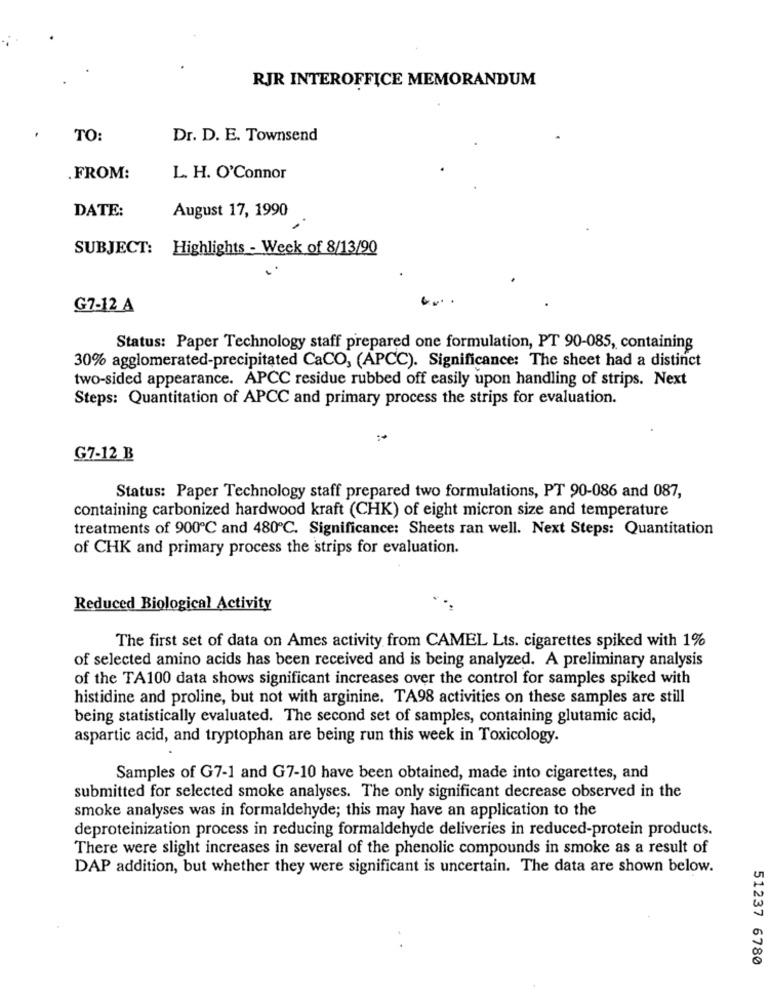
RJR INTEROFFICE MEMORANDUM
TO:
Dr. D. E. Townsend
.FROM:
L. H. O'Connor
DATE:
August 17, 1990
SUBJECT: Highlights - Week of 8/13/90
G7-12 A
Status: Paper Technology staff prepared one formulation, PT 90-085, containing
30% agglomerated-precipitated CaCO, (APCC). Significance: The sheet had a distinct
two-sided appearance. APCC residue rubbed off easily upon handling of strips. Next
Steps: Quantitation of APCC and primary process the strips for evaluation.
G7-12_B
Status: Paper Technology staff prepared two formulations, PT 90-086 and 087,
containing carbonized hardwood kraft (CHK) of eight micron size and temperature
treatments of 900℃ and 480℃. Significance: Sheets ran well. Next Steps: Quantitation
of CHK and primary process the strips for evaluation.
Reduced Biological Activity
The first set of data on Ames activity from CAMEL Lts. cigarettes spiked with 1%
of selected amino acids has been received and is being analyzed. A preliminary analysis
of the TA100 data shows significant increases over the control for samples spiked with
histidine and proline, but not with arginine. TA98 activities on these samples are still
being statistically evaluated. The second set of samples, containing glutamic acid,
aspartic acid, and tryptophan are being run this week in Toxicology.
Samples of G7-1 and G7-10 have been obtained, made into cigarettes, and
submitted for selected smoke analyses. The only significant decrease observed in the
smoke analyses was in formaldehyde; this may have an application to the
deproteinization process in reducing formaldehyde deliveries in reduced-protein products.
There were slight increases in several of the phenolic compounds in smoke as a result of
DAP addition, but whether they were significant is uncertain. The data are shown below.
51237 6780